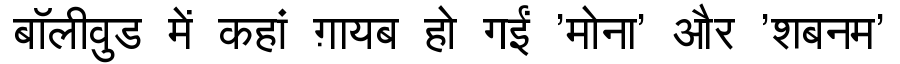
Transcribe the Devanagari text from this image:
बॉलीवुड में कहां ग़ायब हो गईं 'मोना' और 'शबनम'